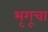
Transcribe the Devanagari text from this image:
भृगूचा